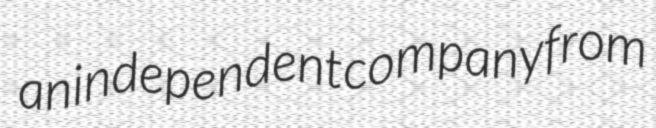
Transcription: an independent company from